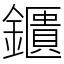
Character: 鑎